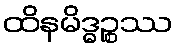
ထိနမိဒ္ဓဉ္စဿ